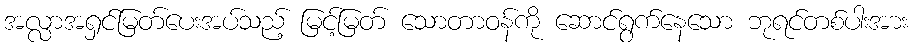
အလ္လာအရှင်မြတ်ပေးအပ်သည့် မြင့်မြတ် သောတာဝန်ကို ဆောင်ရွက်နေသော ဘုရင်တစ်ပါးအား